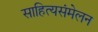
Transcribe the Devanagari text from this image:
साहित्यसंमेलन